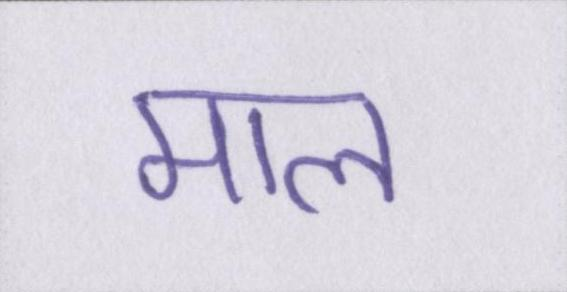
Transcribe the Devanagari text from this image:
माल